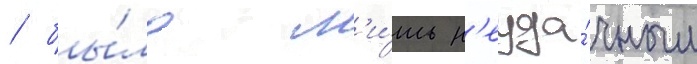
/ бы́ло л'и́шь н'еуда́чным